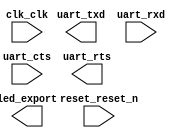

module uart_bridge_core (
	clk_clk,
	reset_reset_n,
	uart_txd,
	uart_rxd,
	uart_cts,
	uart_rts,
	led_export);	

	input		clk_clk;
	input		reset_reset_n;
	output		uart_txd;
	input		uart_rxd;
	input		uart_cts;
	output		uart_rts;
	output	[1:0]	led_export;
endmodule